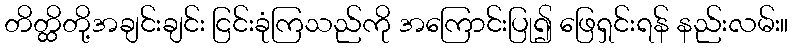
တိတ္ထိတို့အချင်းချင်း ငြင်းခုံကြသည်ကို အကြောင်းပြု၍ ဖြေရှင်းရန် နည်းလမ်း။